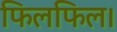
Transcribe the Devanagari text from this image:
फिलफिल।